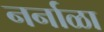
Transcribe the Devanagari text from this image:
नर्नाळा